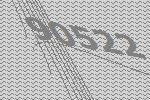
90522